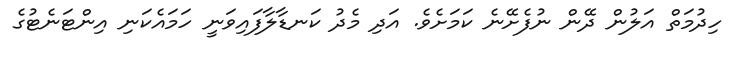
ހިދުމަތް އަލުން ދޭން ނުފެށޭނެ ކަމަށެވެ. އަދި މެދު ކަނޑާލާފައިވަނީ ހަމައެކަނި އިންޓަނެޓުގެ